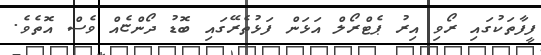
ފީފާތަކުގައި ރޯވި އިރު ޕެޓްރޯލް އަޅަން ފަޅުތެރޭގައި ބޮޑު ދޯންޏެއް ވެސް އޮތެވެ.